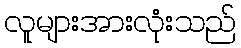
လူများအားလုံးသည်